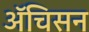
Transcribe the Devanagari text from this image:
ॲचिसन